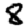
Digit: 8